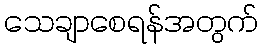
သေချာစေရန်အတွက်